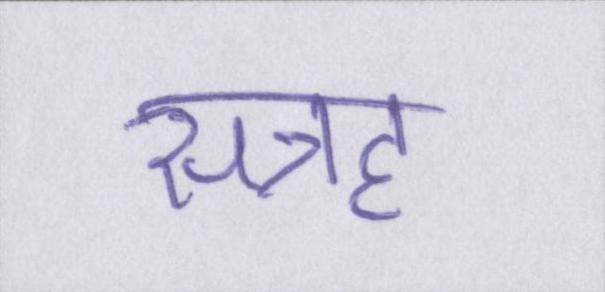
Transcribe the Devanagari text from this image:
सत्रह